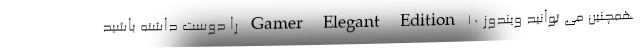
همچنین می توانید ویندوز ۱۰ Gamer Elegant Edition را دوست داشته باشید